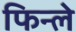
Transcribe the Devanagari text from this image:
फिन्ले